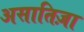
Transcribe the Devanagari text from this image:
असातिज़ा